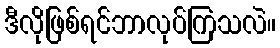
ဒီလိုဖြစ်ရင်ဘာလုပ်ကြသလဲ။